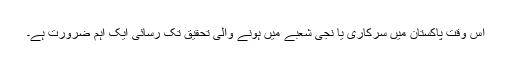
اس وقت پاکستان میں سرکاری یا نجی شعبے میں ہونے والی تحقیق تک رسائی ایک اہم ضرورت ہے۔